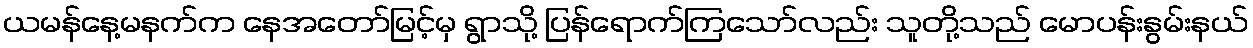
ယမန်နေ့မနက်က နေအတော်မြင့်မှ ရွာသို့ ပြန်ရောက်ကြသော်လည်း သူတို့သည် မောပန်းနွမ်းနယ်